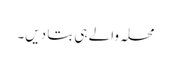
محلہ والے ہی بتا دیں۔